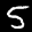
Label: 5